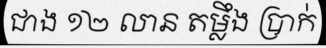
ជាង ១២ លាន តម្លឹង ប្រាក់